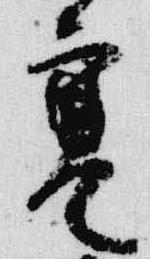
寒